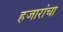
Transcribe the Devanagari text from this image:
हजारांचा